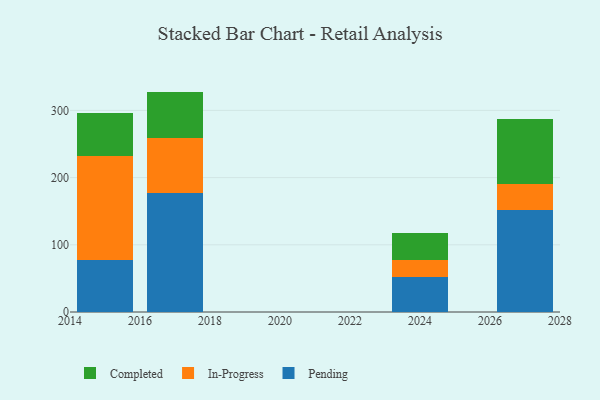
{"axis": {"x": "Year", "y": "Page Views"}, "legend": ["Completed", "In-Progress", "Pending"], "data": [{"x": "2015", "y": 77.5, "type": "Pending"}, {"x": "2015", "y": 154.4, "type": "In-Progress"}, {"x": "2015", "y": 64.6, "type": "Completed"}, {"x": "2027", "y": 151.1, "type": "Pending"}, {"x": "2027", "y": 39.8, "type": "In-Progress"}, {"x": "2027", "y": 96.8, "type": "Completed"}, {"x": "2024", "y": 52.2, "type": "Pending"}, {"x": "2024", "y": 24.9, "type": "In-Progress"}, {"x": "2024", "y": 40.0, "type": "Completed"}, {"x": "2017", "y": 176.9, "type": "Pending"}, {"x": "2017", "y": 82.4, "type": "In-Progress"}, {"x": "2017", "y": 68.7, "type": "Completed"}]}